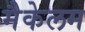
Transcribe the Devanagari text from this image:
मैकेलम